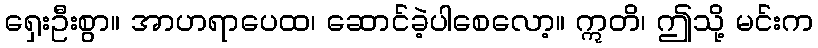
ရှေးဦးစွာ။ အာဟရာပေထ၊ ဆောင်ခဲ့ပါစေလော့။ ဣတိ၊ ဤသို့ မင်းက